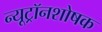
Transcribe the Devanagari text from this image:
न्यूट्रॉनशोषक